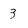
Character: 3